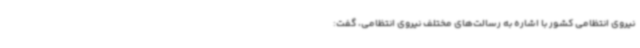
نیروی انتظامی کشور با اشاره به رسالت‌های مختلف نیروی انتظامی، گفت: